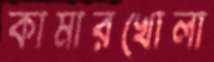
কামারখোলা